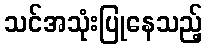
သင်အသုံးပြုနေသည့်